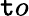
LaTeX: \mathtt{t}o